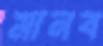
মানব